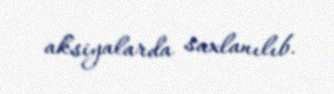
aksiyalarda saxlanılıb.